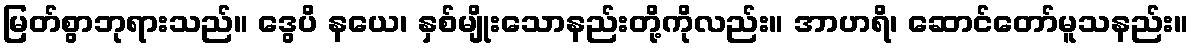
မြတ်စွာဘုရားသည်။ ဒွေပိ နယေ၊ နှစ်မျိုးသောနည်းတို့ကိုလည်း။ အာဟရိ၊ ဆောင်တော်မူသနည်း။